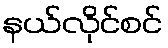
နယ်လိုင်စင်